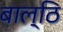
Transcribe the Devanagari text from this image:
बाल्ठि